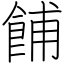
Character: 餔